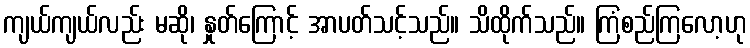
ကျယ်ကျယ်လည်း မဆို၊ နှုတ်ကြောင့် အာပတ်သင့်သည်။ သိထိုက်သည်။ ကြံစည်ကြလော့ဟု